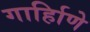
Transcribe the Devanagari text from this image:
गार्हािणे